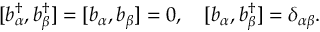
[ b _ { \alpha } ^ { \dagger } , b _ { \beta } ^ { \dagger } ] = [ b _ { \alpha } , b _ { \beta } ] = 0 , \quad [ b _ { \alpha } , b _ { \beta } ^ { \dagger } ] = \delta _ { \alpha \beta } .